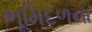
ભૂમિદળના